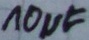
Text: 10µF